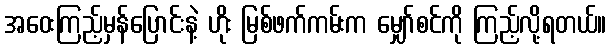
အဝေးကြည့်မှန်ပြောင်းနဲ့ ဟိုး မြစ်ဖက်ကမ်းက မျှော်စင်ကို ကြည့်လို့ရတယ်။